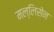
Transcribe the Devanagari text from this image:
मल्लिसेन